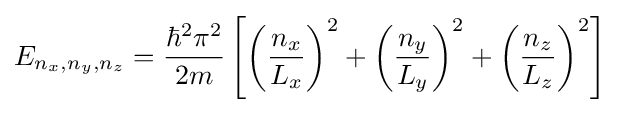
E_{n_{x},n_{y},n_{z}}={\frac {\hbar ^{2}\pi ^{2}}{2m}}\left[\left({\frac {n_{x}}{L_{x}}}\right)^{2}+\left({\frac {n_{y}}{L_{y}}}\right)^{2}+\left({\frac {n_{z}}{L_{z}}}\right)^{2}\right]